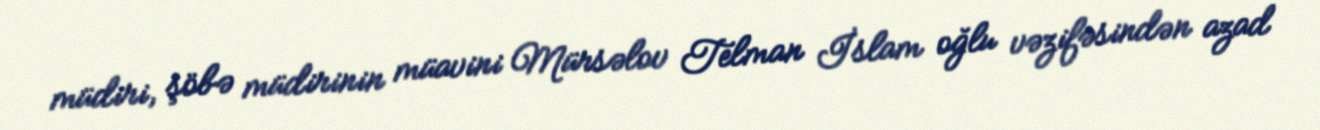
müdiri, şöbə müdirinin müavini Mürsəlov Telman İslam oğlu vəzifəsindən azad